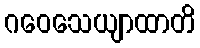
ဂဝေသေယျာထာတိ